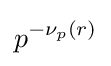
p^{-\nu _{p}(r)}